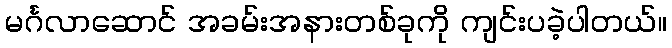
မင်္ဂလာဆောင် အခမ်းအနားတစ်ခုကို ကျင်းပခဲ့ပါတယ်။